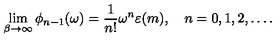
\lim _ { \beta \to \infty } \phi _ { n - 1 } ( \omega ) = \frac { 1 } { n ! } \omega ^ { n } \varepsilon ( m ) , \quad n = 0 , 1 , 2 , \dots .